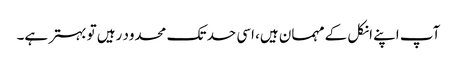
آپ اپنے انکل کے مہمان ہیں، اسی حد تک محدود رہیں تو بہتر ہے۔